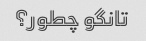
تانگو چطور؟